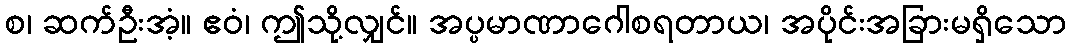
စ၊ ဆက်ဦးအံ့။ ဧဝံ၊ ဤသို့လျှင်။ အပ္ပမာဏာဂေါစရတာယ၊ အပိုင်းအခြားမရှိသော